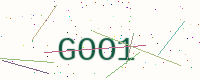
Text: GOO1